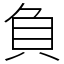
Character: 負